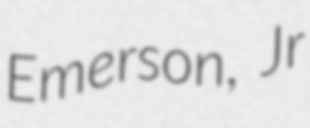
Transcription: Emerson, Jr